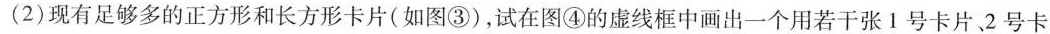
(2)现有足够多的正方形和长方形卡片(如图③)，试在图④的虚线框中画出一个用若干张1号卡片、2号卡